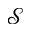
\mathcal { S }